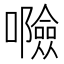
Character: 𱕤